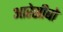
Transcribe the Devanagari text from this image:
आरेसीबो